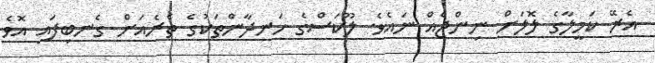
އެރޭ ކަމީލާގެ ލޮލަށް ނިންޖެއް ނައެވެ. ލޫކަސްގެ ހަނދާންތަކުގެ ތެރެއަށް ގެނބިފައި އޮވެ